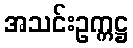
အသင်းဥက္ကဋ္ဌ